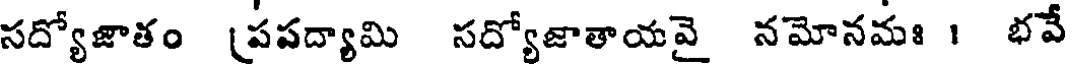
సద్యోజాతం (పపద్యామి సద్యోజాతాయవై నమోనమః 1 భవే